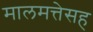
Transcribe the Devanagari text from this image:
मालमत्तेसह